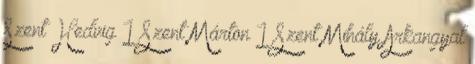
Szent Hedvig 1 Szent Márton 1 Szent Mihály Arkangyal